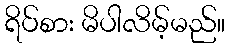
ရိပ်စား မိပါလိမ့်မည်။